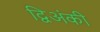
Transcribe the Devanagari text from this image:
द्विअंकी